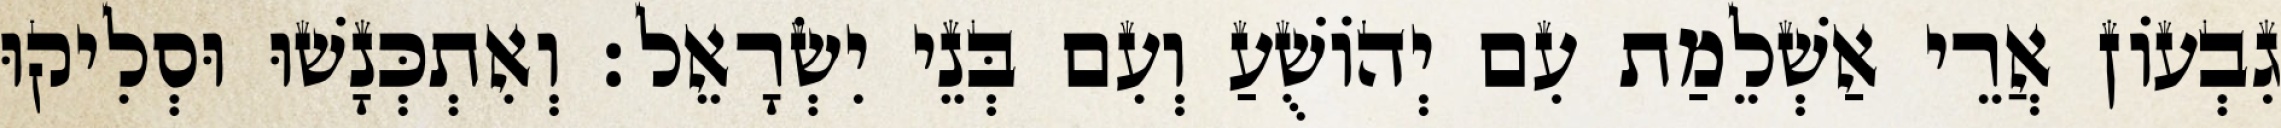
גִבְעוֹן אֲרֵי אַשְׁלֵמַת עִם יְהוֹשֻׁעַ וְעִם בְּנֵי יִשְׂרָאֵל׃ וְאִתְכְּנָשׁוּ וּסְלִיקוּ